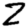
Digit: 2